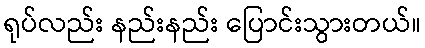
ရုပ်လည်း နည်းနည်း ပြောင်းသွားတယ်။